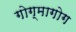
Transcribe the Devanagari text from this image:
गोग्मागोग